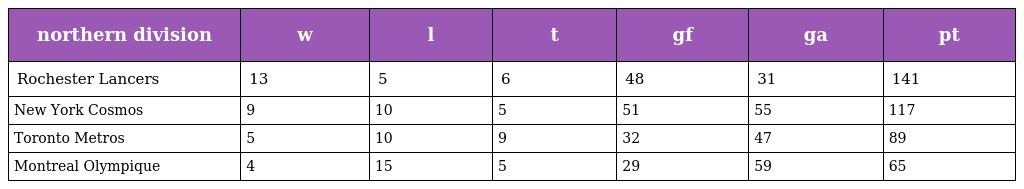
| northern division | w | l | t | gf | ga | pt |
 | --- | --- | --- | --- | --- | --- | --- |
 | Rochester Lancers | 13 | 5 | 6 | 48 | 31 | 141 |
 | New York Cosmos | 9 | 10 | 5 | 51 | 55 | 117 |
 | Toronto Metros | 5 | 10 | 9 | 32 | 47 | 89 |
 | Montreal Olympique | 4 | 15 | 5 | 29 | 59 | 65 |